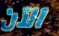
الآن